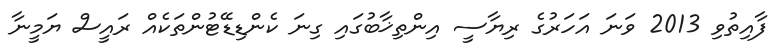
ފާއިތުވި 2013 ވަނަ އަހަރުގެ ރިޔާސީ އިންތިޚާބުގައި ގިނަ ކެންޑިޑޭޓުންތަކެއް ރައީސް ޔަމީނާ